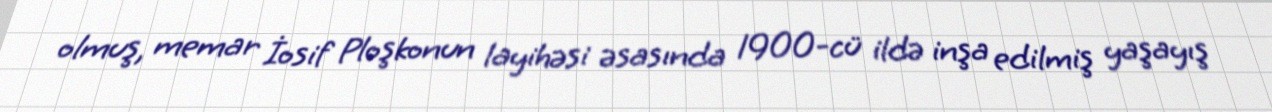
olmuş, memar İosif Ploşkonun layihəsi əsasında 1900-cü ildə inşa edilmiş yaşayış